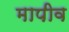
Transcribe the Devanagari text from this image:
मापीव